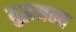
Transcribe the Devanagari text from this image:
युद्धमन्य